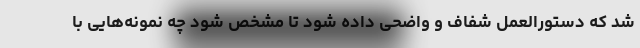
شد که دستورالعمل شفاف و واضحی داده شود تا مشخص شود چه نمونه‌هایی با